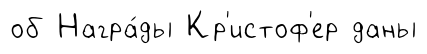
об Награ́ды Кр'истоф'ер даны